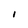
Character: I